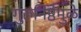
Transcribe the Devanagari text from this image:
गुरुनिष्ठेमुळे